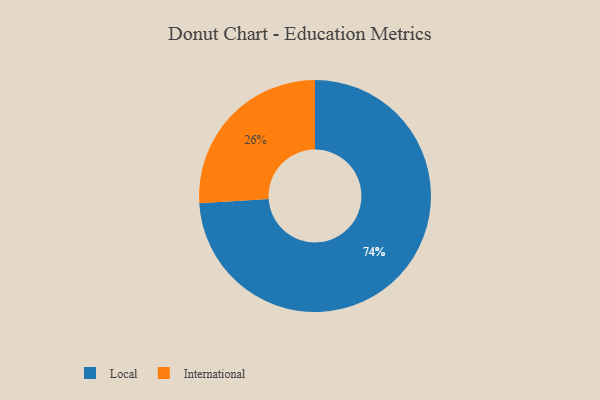
{"axis": {"x": "Category", "y": "Percentage"}, "legend": ["International", "Local"], "data": [{"x": "Local", "y": 74, "type": "Local"}, {"x": "International", "y": 26, "type": "International"}]}